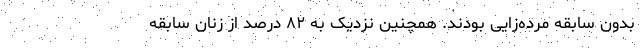
بدون سابقه مرده‌زایی بودند. همچنین نزدیک به ۸۲ درصد از زنان سابقه